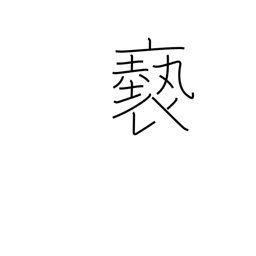
Meaning: filthy